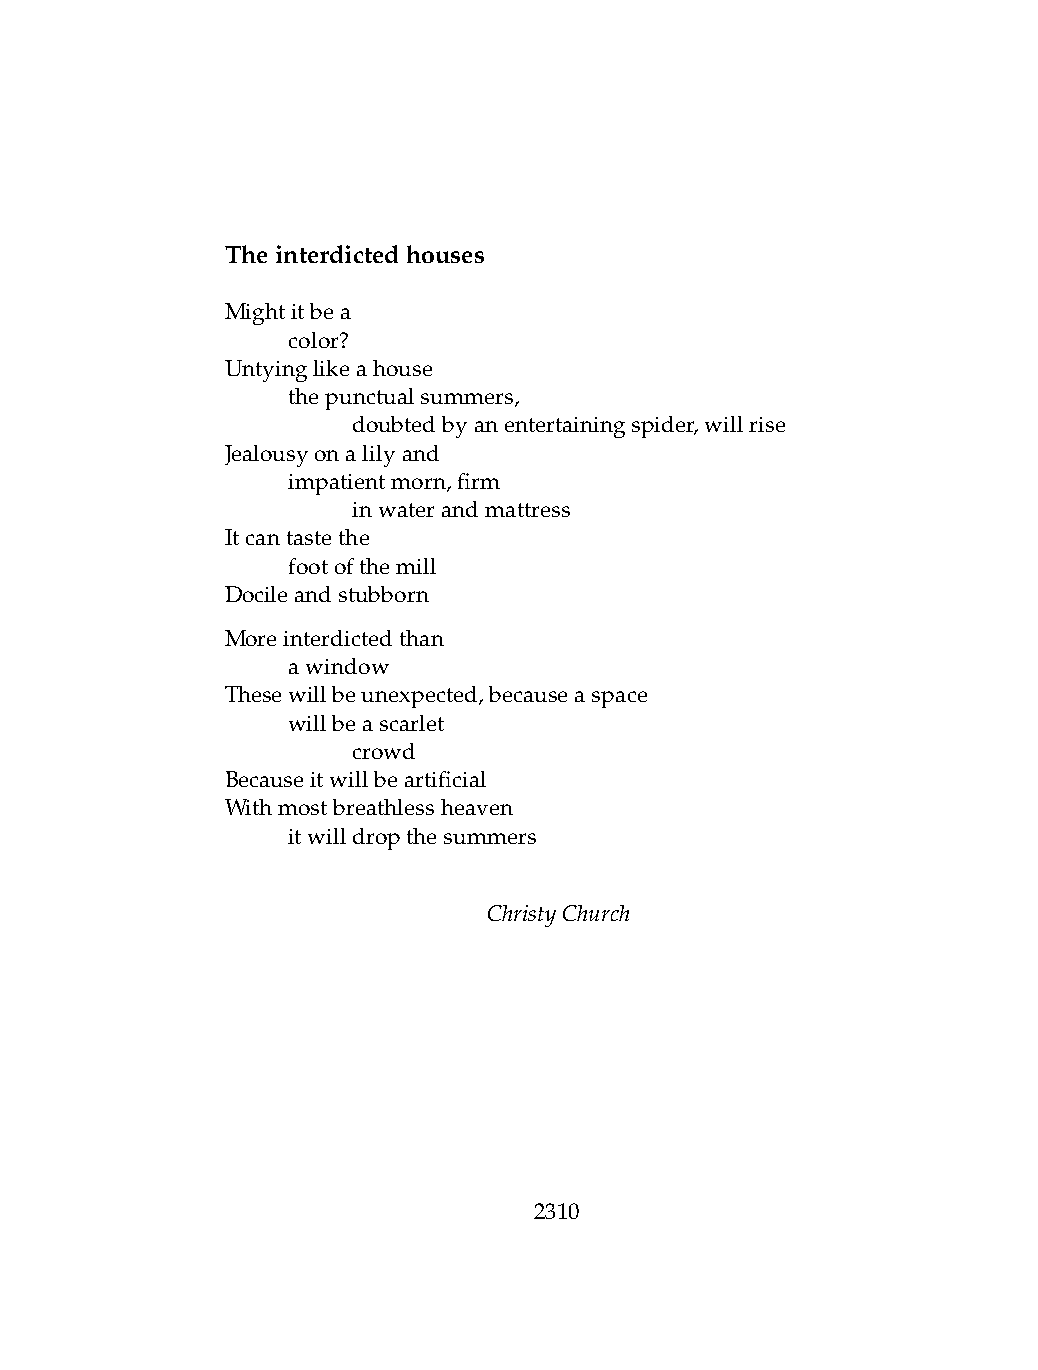
Theinterdictedhouses
 Mightitbea
 .   color?
 Untyinglikeahouse
 .   thepunctualsummers,
 .   .   doubtedbyanentertainingspider,willrise
 Jealousyonalilyand
 .   impatientmorn,firm
 .   .   inwaterandmattress
 Itcantastethe
 .   footofthemill
 Docileandstubborn
 Moreinterdictedthan
 .   awindow
 Thesewillbeunexpected,becauseaspace
 .   willbeascarlet
 .   .   crowd
 Becauseitwillbeartificial
 Withmostbreathlessheaven
 .   itwilldropthesummers
 ChristyChurch
 2310